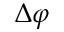
\Delta \varphi